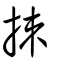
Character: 拺